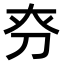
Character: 𠛞